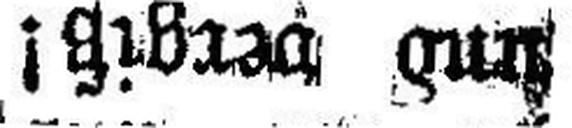
und vergiß!